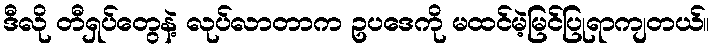
ဒီလို တီရှပ်တွေနဲ့ လုပ်လာတာက ဥပဒေကို မထင်မဲ့မြင်ပြုရာကျတယ်။